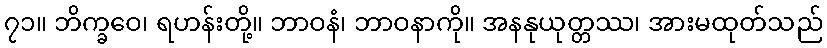
၇၁။ ဘိက္ခဝေ၊ ရဟန်းတို့။ ဘာဝနံ၊ ဘာဝနာကို။ အနနုယုတ္တဿ၊ အားမထုတ်သည်